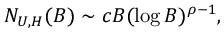
N _ { U , H } ( B ) \sim c B ( \log B ) ^ { \rho - 1 } ,